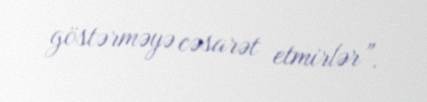
göstərməyə cəsarət etmirlər”.